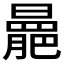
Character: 𣋍